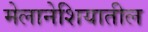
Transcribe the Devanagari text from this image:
मेलानेशियातील